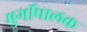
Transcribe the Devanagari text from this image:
मुर्गीपालक